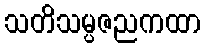
သတိသမ္ပဇညကထာ